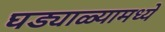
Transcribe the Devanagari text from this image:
घड्याळ्यामध्ये